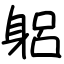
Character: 躳